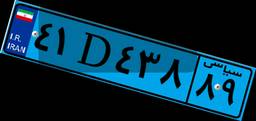
۵۸D۳۳۷۳۹